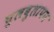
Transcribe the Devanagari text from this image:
चुलबुलापन